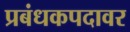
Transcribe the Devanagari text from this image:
प्रबंधकपदावर